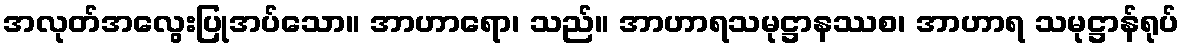
အလုတ်အလွေးပြုအပ်သော။ အာဟာရော၊ သည်။ အာဟာရသမုဋ္ဌာနဿစ၊ အာဟာရ သမုဋ္ဌာန်ရုပ်